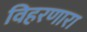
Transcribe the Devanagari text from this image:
विहरणारा